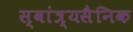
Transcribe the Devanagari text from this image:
स्वांत्र्यसैनिक